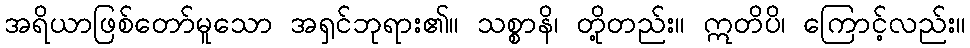
အရိယာဖြစ်တော်မူသော အရှင်ဘုရား၏။ သစ္စာနိ၊ တို့တည်း။ ဣတိပိ၊ ကြောင့်လည်း။